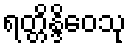
ရတ္တိန္ဒိဝေသု